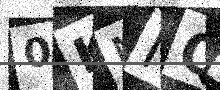
Text: 0KNIQ6